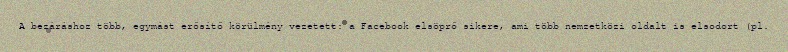
A bezáráshoz több, egymást erősítő körülmény vezetett: a Facebook elsöprő sikere, ami több nemzetközi oldalt is elsodort (pl.